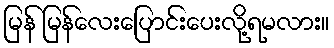
မြန် မြန်လေးပြောင်းပေးလို့ရမလား။